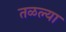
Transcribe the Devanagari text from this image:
तळल्या